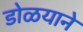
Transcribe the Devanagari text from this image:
डोळयाने